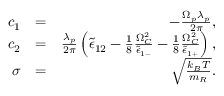
\begin{array} { r l r } { c _ { 1 } } & { = } & { - \frac { \Omega _ { p } \lambda _ { p } } { 2 \pi } , } \\ { c _ { 2 } } & { = } & { \frac { \lambda _ { p } } { 2 \pi } \left( \tilde { \epsilon } _ { 1 2 } - \frac { 1 } { 8 } \frac { \Omega _ { C } ^ { 2 } } { \tilde { \epsilon } _ { 1 - } } - \frac { 1 } { 8 } \frac { \Omega _ { C } ^ { 2 } } { \tilde { \epsilon } _ { 1 + } } \right) , } \\ { \sigma } & { = } & { \sqrt { \frac { k _ { B } T } { m _ { R } } } . } \end{array}